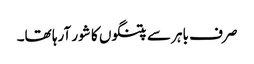
صرف باہر سے پتنگوں کا شور آرہا تھا۔